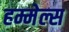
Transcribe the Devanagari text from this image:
हम्मेल्स